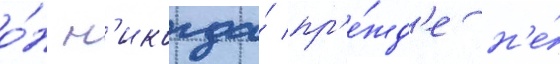
о́н н'икогда́ пр'е́жд'е н'е́